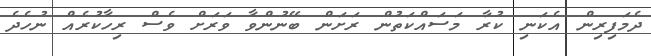
ދެމަފިރިން އެކަނި ކުރާ މަސައްކަތުން ރަށަން ބޭނުންވާ ވަރަށް ވެސް ރިހާކުރެއް ނުހެދެ